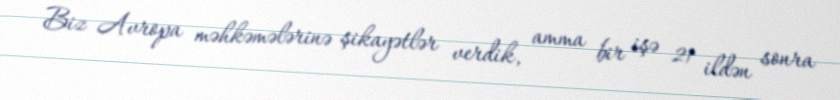
Biz Avropa məhkəmələrinə şikayətlər verdik, amma bir işə 21 ildən sonra